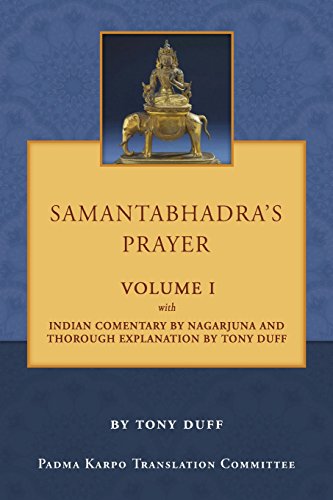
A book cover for Samantabhadra's Prayer Volume I; Tony Duff; Religion & Spirituality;